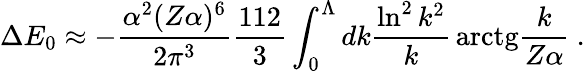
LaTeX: \Delta E_{0}\approx-\frac{\alpha^{2}(Z\alpha)^{6}}{2\pi^{3}}\frac{112}{3}\int_{0}^{\Lambda}dk\frac{\ln^{2}k^{2}}{k}\, \mathrm{arctg}\frac{k}{Z\alpha}\ .